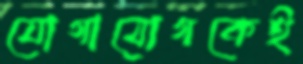
যোগাযোগকেই